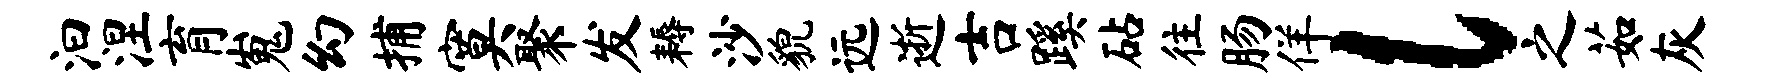
汩涅育嵬幻捕寞聚发耨沙貌远逝吉蹊砧往肠佯l之茹灰